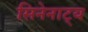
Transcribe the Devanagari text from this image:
सिनेनाट्य